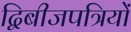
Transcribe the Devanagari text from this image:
द्विबीजपत्रियों